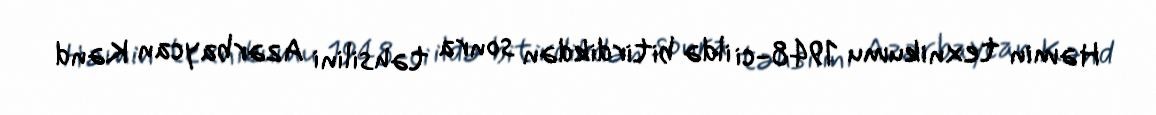
Həmin texnikumu 1948-ci ildə bitirdikdən sonra təhsilini Azərbaycan Kənd